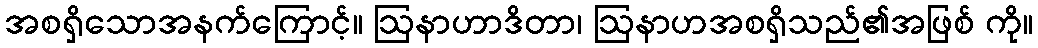
အစရှိသောအနက်ကြောင့်။ ဩနာဟာဒိတာ၊ ဩနာဟအစရှိသည်၏အဖြစ် ကို။